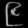
Digit: ၉